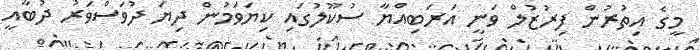
މީގެ އިތުރުން ފިރުޒުލް ވަނީ އަރަބިއްޔާ ސުކޫލުގައި ކިޔަވަމުން ދިޔަ ދުވަސްވަރު ދުބާއީ